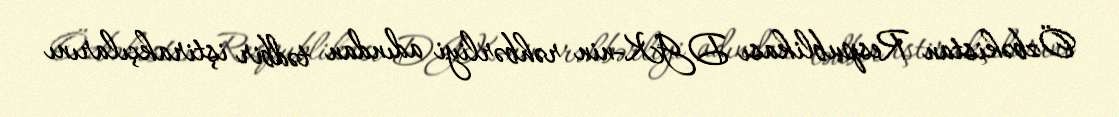
Özbəkistan Respublikası DGK-nin rəhbərliyi adından tədbir iştirakçılarını